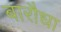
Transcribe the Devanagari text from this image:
बारौधा